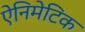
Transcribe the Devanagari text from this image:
ऐनिमेटिक